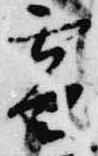
雪